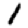
Digit: 1